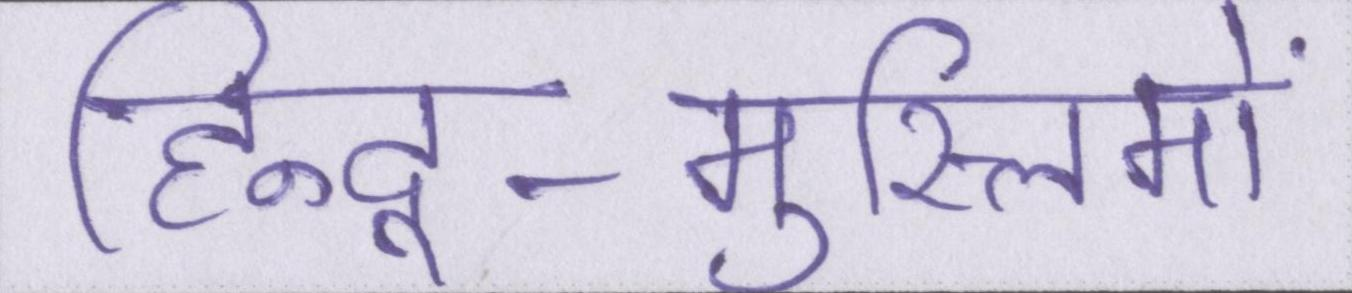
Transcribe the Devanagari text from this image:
हिन्दू-मुस्लिमों